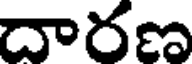
దారణ